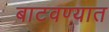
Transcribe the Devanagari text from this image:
बाटवण्यात